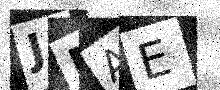
Text: JMAE